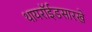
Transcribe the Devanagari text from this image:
थायरॉईडसारखे